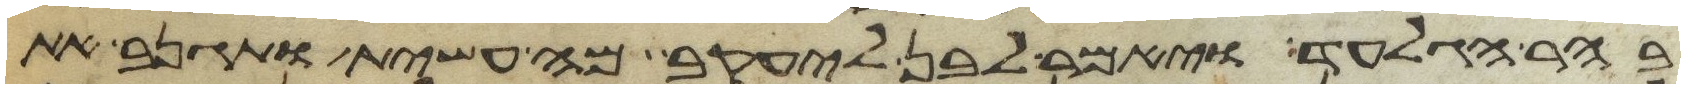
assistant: בהר הגלעד ויאמר לבן ליעקב מה עשית ותגנב את